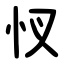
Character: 㣾